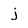
Character: j